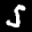
Label: 5